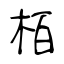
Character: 栢